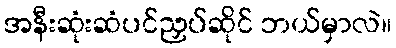
အနီးဆုံးဆံပင်ညှပ်ဆိုင် ဘယ်မှာလဲ။